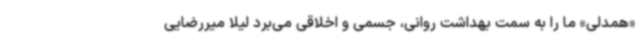
«همدلی» ما را به سمت بهداشت روانی، جسمی و اخلاقی می‌برد لیلا میررضایی